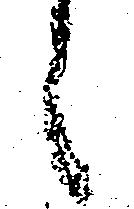
之